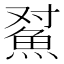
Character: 𱆫